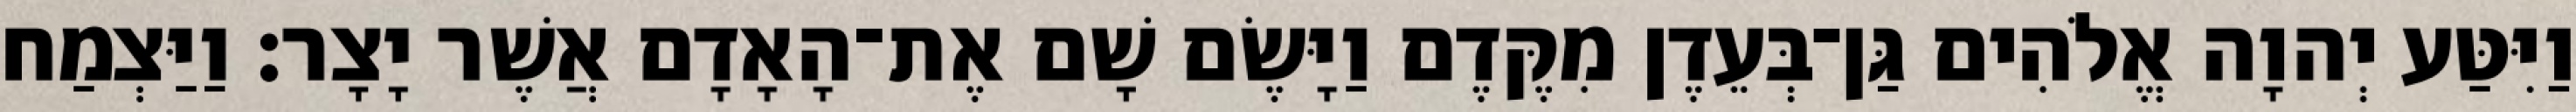
וַיִּטַּע יְהוָה אֱלֹהִים גַּן־בְּעֵדֶן מִקֶּדֶם וַיָּשֶׂם שָׁם אֶת־הָאָדָם אֲשֶׁר יָצָר׃ וַיַּצְמַח